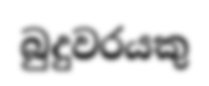
බුදුවරයකු